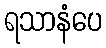
ရသာနံပေ